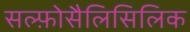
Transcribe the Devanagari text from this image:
सल्फ़ोसैलिसिलिक